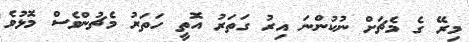
މިރޭ ގެ މެޗަށް ނުކުންނަ އިރު ގަތަރު އޮތީ ހަތަރު މެޗުންވެސް މޮޅުވެ